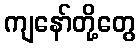
ကျနော်တို့တွေ